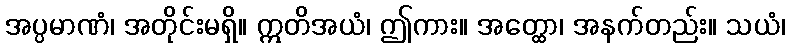
အပ္ပမာဏံ၊ အတိုင်းမရှိ။ ဣတိအယံ၊ ဤကား။ အတ္ထော၊ အနက်တည်း။ သယံ၊